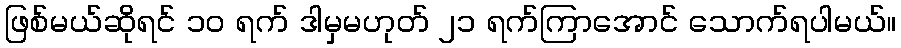
ဖြစ်မယ်ဆိုရင် ၁၀ ရက် ဒါမှမဟုတ် ၂၁ ရက်ကြာအောင် သောက်ရပါမယ်။